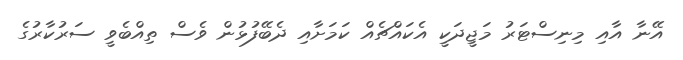
އޭނާ އާއި މިނިސްޓަރު މަޖީދަކީ އެކައްޗެއް ކަމަށާއި ދެބޭފުޅުން ވެސް ތިއްބެވީ ސަރުކާރުގެ